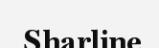
Sharline